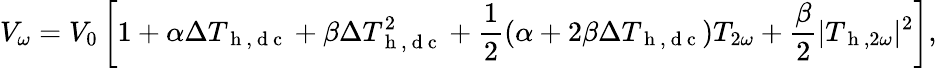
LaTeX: V_{\omega}=V_{0}\left[1+\alpha\Delta T_{\mathrm{~h~,~d~c~}}+\beta\Delta T_{\mathrm{~h~,~d~c~}}^{2}+\frac{1}{2}(\alpha+2\beta\Delta T_{\mathrm{~h~,~d~c~}})T_{2\omega}+\frac{\beta}{2}|T_{\mathrm{~h~},2\omega}|^{2}\right]{,}